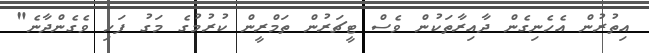
އިތުރުން އެހެނިގެން ދާއިރާތަކުން ވެސް ޓީޗަރުން ތަމްރީން ކުރުމުގެ މަގު ފަހި ވެގެންދާނެ"